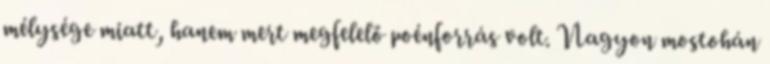
mélysége miatt, hanem mert megfelelő poénforrás volt. Nagyon mostohán